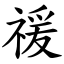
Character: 禐